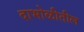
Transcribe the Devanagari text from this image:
दाभोळीतील